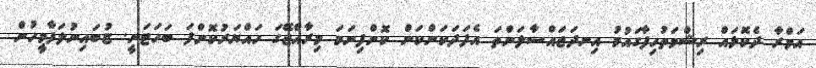
އަމްރާ ދެކޮޅައް ރިޝްވަތުހިފާގައުމު އިނދަޖައްސާލަންތަ އެފަދަކަންކަން ކޮށްފިނަމަ މިރާއްޖޭގަ ހައްޔަރުކޮށްފަ ބަހަޓަނީ. ޏުބައިނުލަފާމީހުން